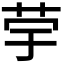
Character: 𦭨